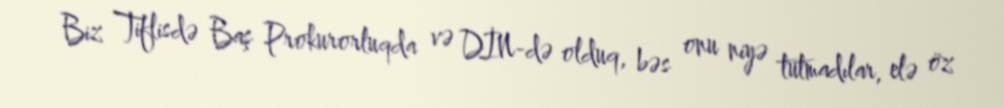
Biz Tiflisdə Baş Prokurorluqda və DİN-də olduq, bəs onu niyə tutmadılar, elə öz